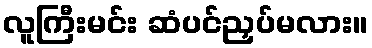
လူကြီးမင်း ဆံပင်ညှပ်မလား။